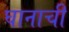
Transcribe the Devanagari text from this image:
घानाची